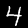
Label: 4